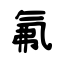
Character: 氟